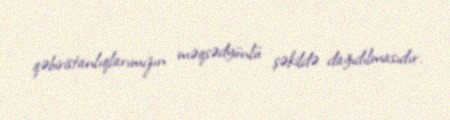
qəbiristanlıqlarımızın məqsədyönlü şəkildə dağıdılmasıdır.